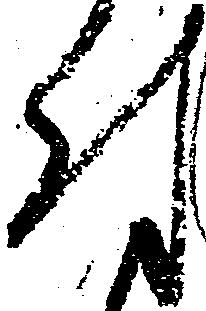
付